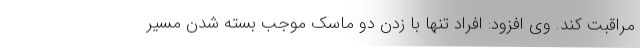
مراقبت کند. وی افزود: افراد تنها با زدن دو ماسک موجب بسته شدن مسیر